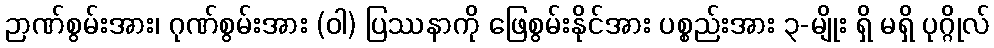
ဉာဏ်စွမ်းအား၊ ဂုဏ်စွမ်းအား (ဝါ) ပြဿနာကို ဖြေစွမ်းနိုင်အား ပစ္စည်းအား ၃-မျိုး ရှိ မရှိ ပုဂ္ဂိုလ်